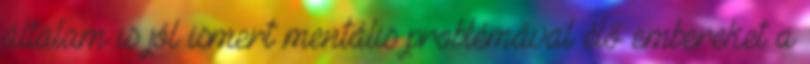
általam is jól ismert mentális problémával élő embereket a